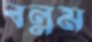
বল্লম